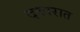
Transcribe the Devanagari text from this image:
दवारात